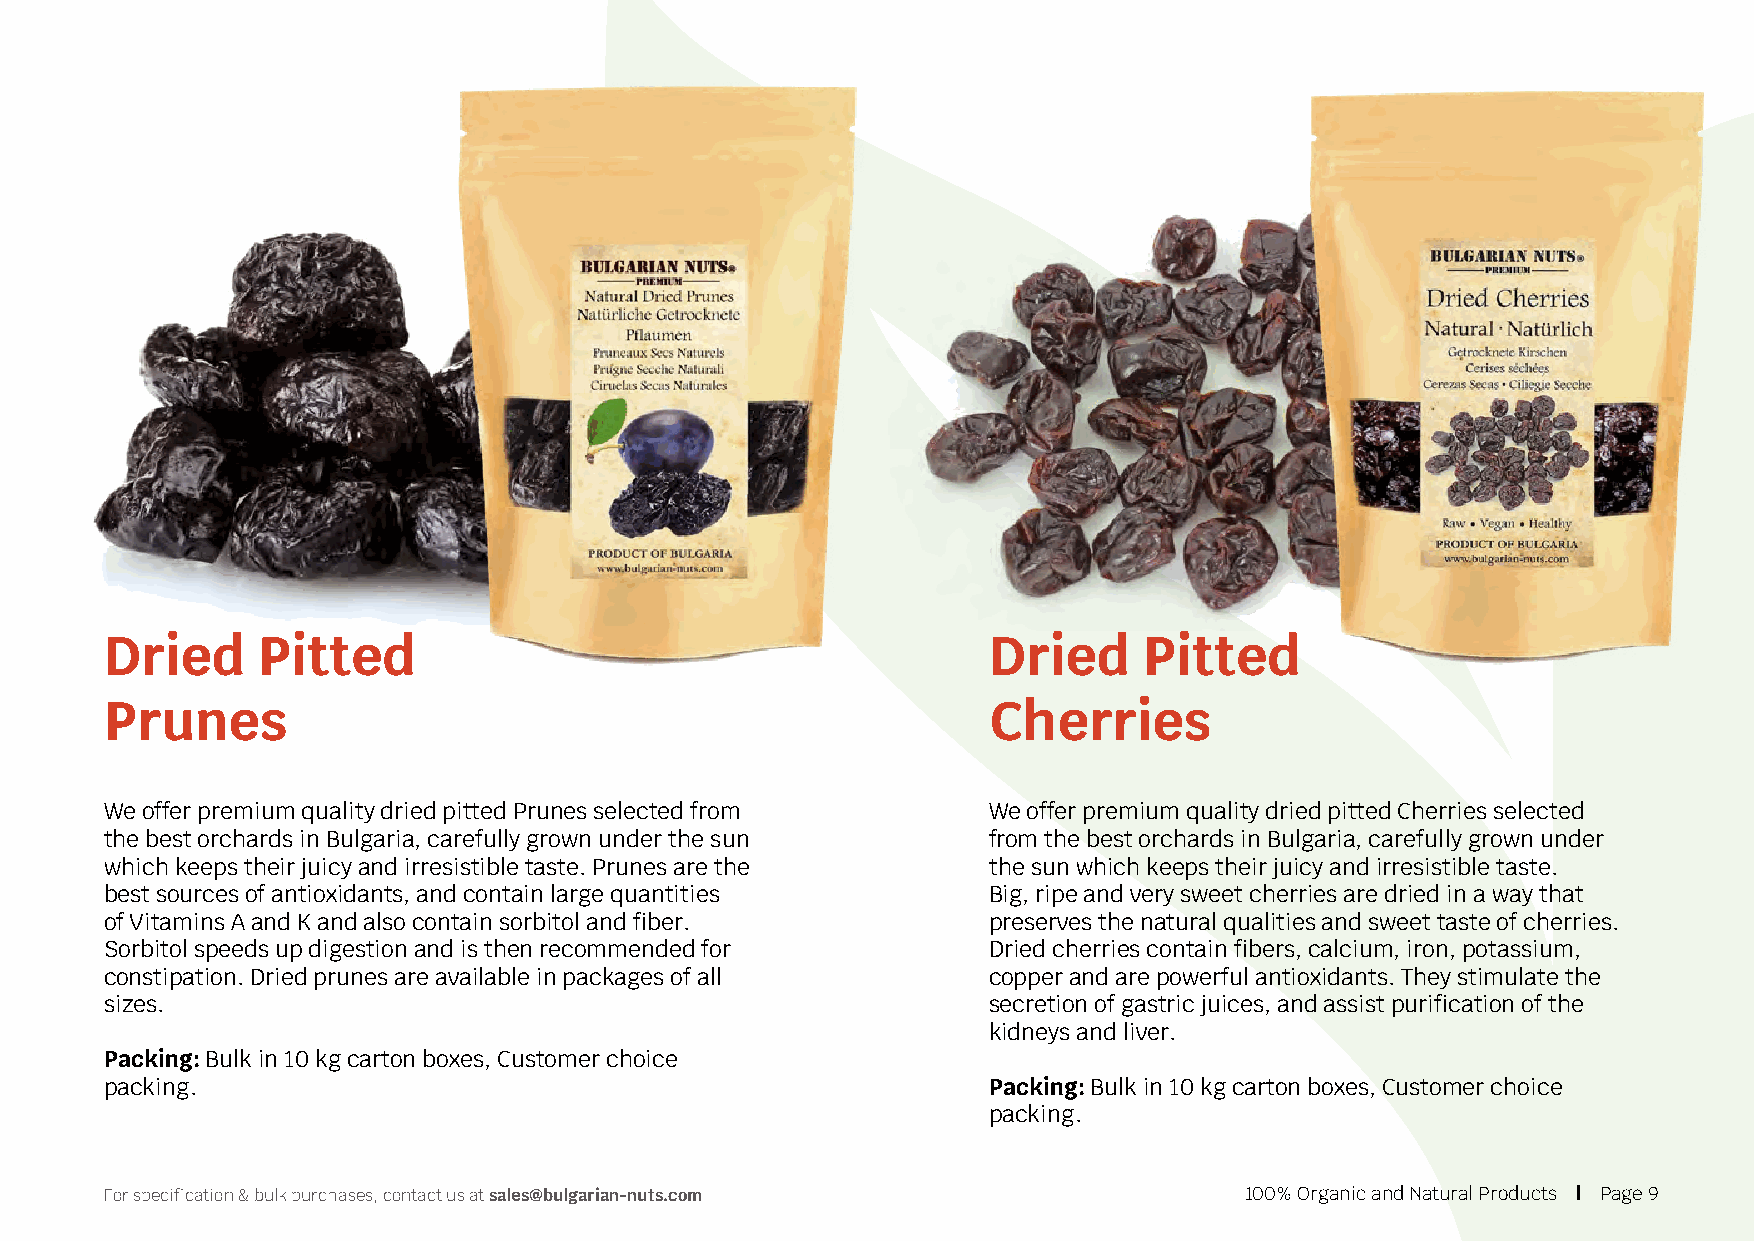
Dried     Pitted                                          Dried      Pitted
 Prunes                                                    Cherries
 We offer premium quality dried pitted Prunes selected from We offer premium quality dried pitted Cherries selected
 the best orchards in Bulgaria, carefully grown under the sun from the best orchards in Bulgaria, carefully grown under
 which keeps their juicy and irresistible taste. Prunes are the the sun which keeps their juicy and irresistible taste.
 best sources of antioxidants, and contain large quantities Big, ripe and very sweet cherries are dried in a way that
 of Vitamins A and K and also contain sorbitol and fiber.  preserves the natural qualities and sweet taste of cherries.
 Sorbitol speeds up digestion and is then recommended for  Dried cherries contain fibers, calcium, iron, potassium,
 constipation. Dried prunes are available in packages of all copper and are powerful antioxidants. They stimulate the
 sizes.                                                    secretion of gastric juices, and assist purification of the
 kidneys and liver.
 Packing: Bulk in 10 kg carton boxes, Customer choice
 packing.                                                  Packing: Bulk in 10 kg carton boxes, Customer choice
 packing.
 For specification & bulk purchases, contact us at sales@bulgarian-nuts.com 100% Organic and Natural Products | Page 9